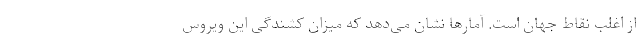
از اغلب نقاط جهان است. آمارها نشان می‌دهد که میزان کشندگی این ویروس